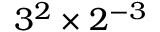
3 ^ { 2 } \times 2 ^ { - 3 }